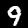
Label: 9